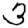
Digit: 3